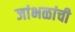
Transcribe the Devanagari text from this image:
जांभळांची